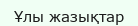
Ұлы жазықтар